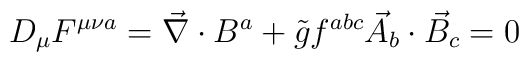
D_{\mu}F^{\mu \nu a}=\vec{\nabla}\cdot B^a+\tilde{g}f^{abc}\vec{A}_b\cdot \vec{B}_c=0